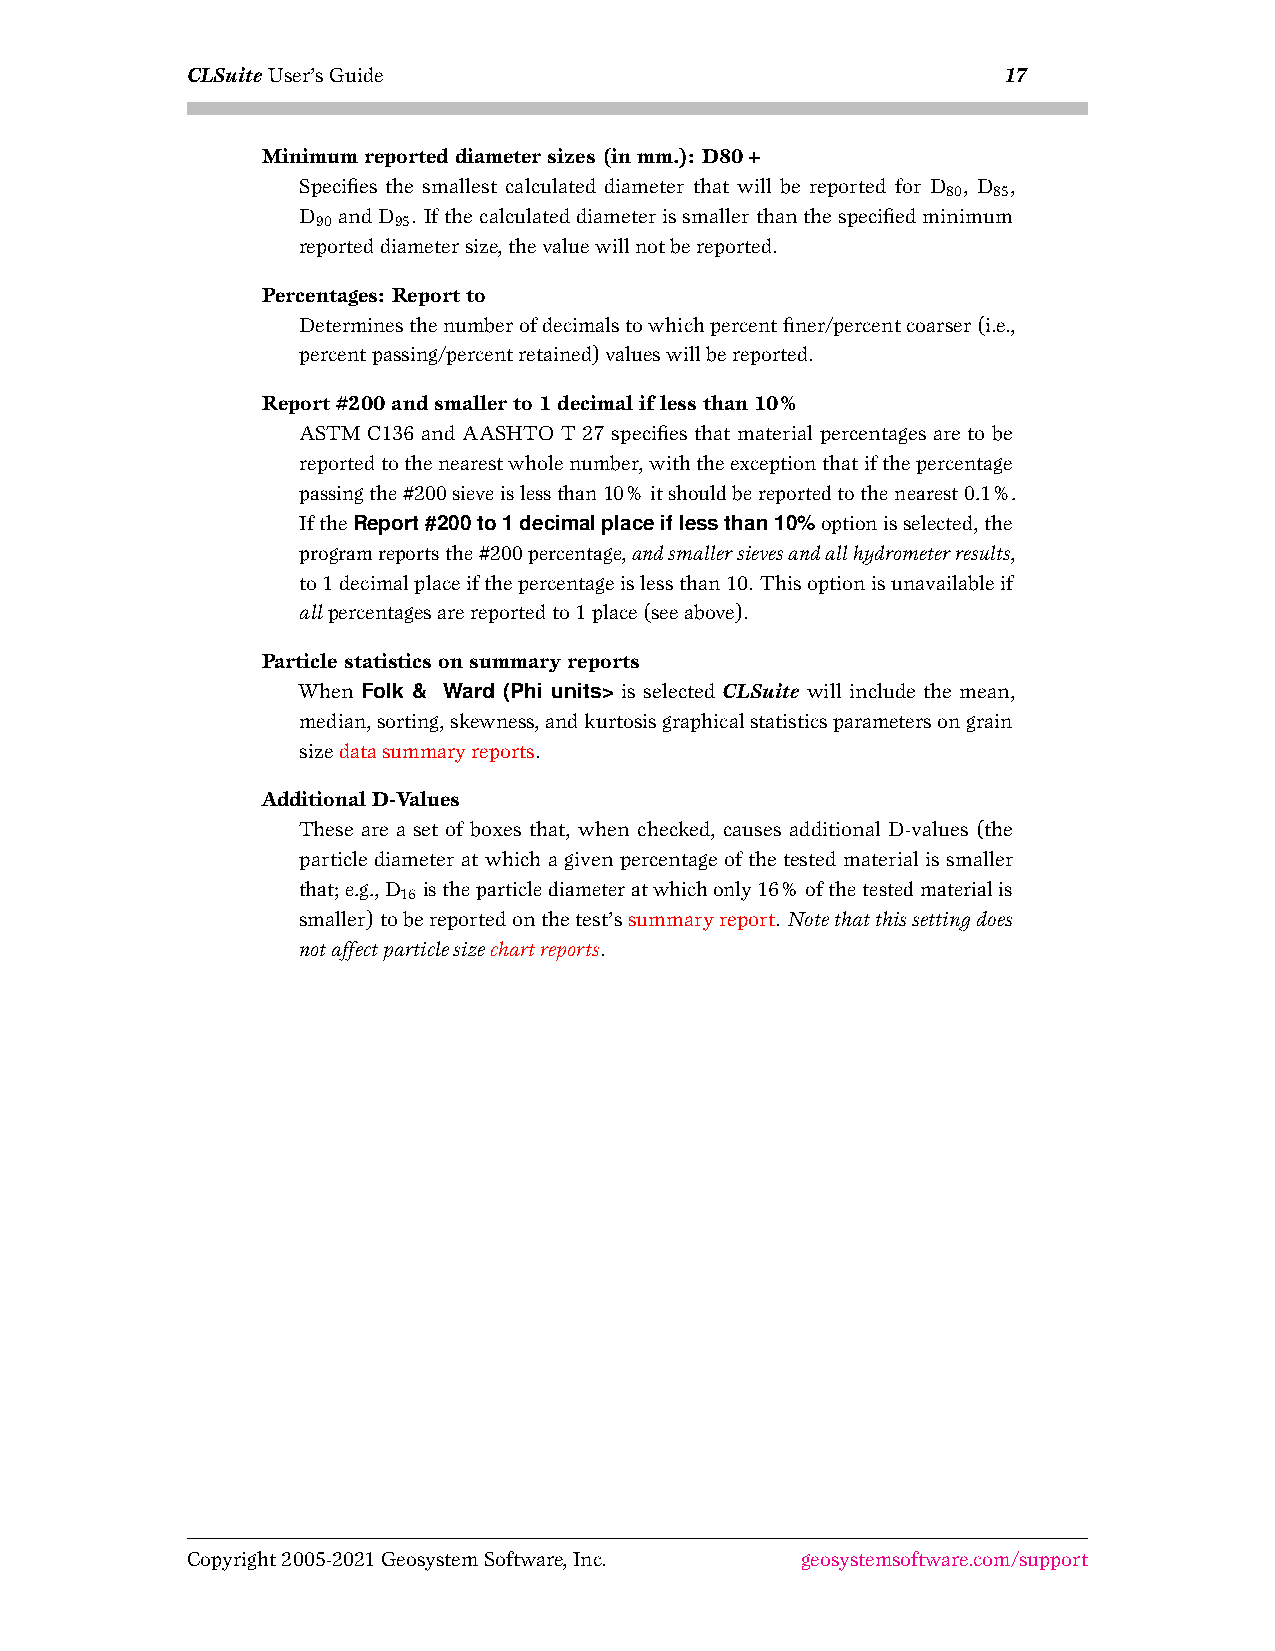
CLSuiteUser’sGuide                                    17
 Minimumreporteddiametersizes(inmm.): D80+
 Specifies the smallest calculated diameter that will be reported for D , D ,
 80 85
 D andD . Ifthecalculateddiameterissmallerthanthespecifiedminimum
 90   95
 reporteddiametersize,thevaluewillnotbereported.
 Percentages: Reportto
 Determinesthenumberofdecimalstowhichpercentfiner/percentcoarser(i.e.,
 percentpassing/percentretained)valueswillbereported.
 Report#200andsmallerto1decimaliflessthan10%
 ASTM C136 and AASHTO T 27 specifies that material percentages are to be
 reportedtothenearestwholenumber,withtheexceptionthatifthepercentage
 passingthe#200sieveislessthan10%itshouldbereportedtothenearest0.1%.
 IftheReport#200to1decimalplaceiflessthan10%optionisselected,the
 programreportsthe#200percentage,andsmallersievesandallhydrometerresults,
 to1decimalplaceifthepercentageislessthan10. Thisoptionisunavailableif
 allpercentagesarereportedto1place(seeabove).
 Particlestatisticsonsummaryreports
 When Folk & Ward (Phi units> is selected CLSuite will include the mean,
 median,sorting,skewness,andkurtosisgraphicalstatisticsparametersongrain
 sizedatasummaryreports.
 AdditionalD-Values
 These are a set of boxes that, when checked, causes additional D-values (the
 particle diameter at which a given percentage of the tested material is smaller
 that;e.g.,D istheparticlediameteratwhichonly16%ofthetestedmaterialis
 16
 smaller)tobereportedonthetest’ssummaryreport. Notethatthissettingdoes
 notaffectparticlesizechartreports.
 Copyright2005-2021GeosystemSoftware,Inc. geosystemsoftware.com/support